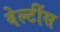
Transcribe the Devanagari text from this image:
वेल्टींस